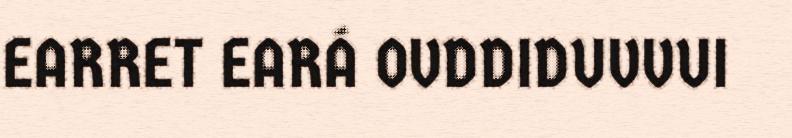
EARRET EARÁ OVDDIDUVVUI